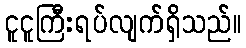
ငူငူကြီးရပ်လျက်ရှိသည်။